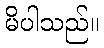
မိပါသည်။